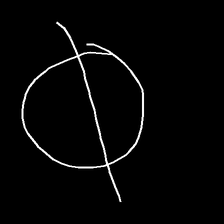
Glyph: orb